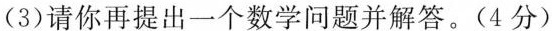
(3)请你再提出一个数学问题并解答。(4分)